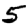
Digit: 5